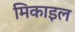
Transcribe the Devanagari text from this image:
मिकाइल